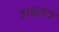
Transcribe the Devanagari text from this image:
अन्नतंत्र